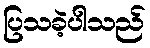
ပြသခဲ့ပါသည်